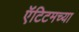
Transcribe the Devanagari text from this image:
ऍंटिटमच्या